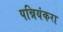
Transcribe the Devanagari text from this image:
पन्नियंकरा